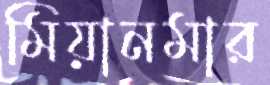
মিয়ানমার